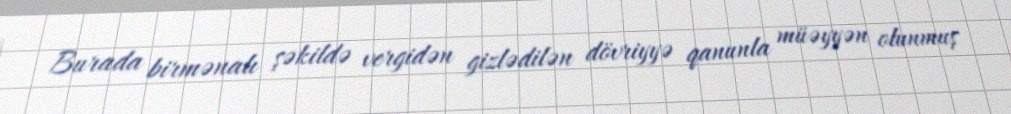
Burada birmənalı şəkildə vergidən gizlədilən dövriyyə qanunla müəyyən olunmuş